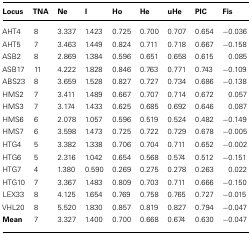
<table><thead><tr><td><b>Locus</b></td><td><b>TNA</b></td><td><b>Ne</b></td><td><b>I</b></td><td><b>Ho</b></td><td><b>He</b></td><td><b>uHe</b></td><td><b>PIC</b></td><td><b>Fis</b></td></tr></thead><tbody><tr><td>AHT4</td><td>8</td><td>3.337</td><td>1.423</td><td>0.725</td><td>0.700</td><td>0.707</td><td>0.654</td><td>-0.036</td></tr><tr><td>AHT5</td><td>7</td><td>3.463</td><td>1.449</td><td>0.824</td><td>0.711</td><td>0.718</td><td>0.667</td><td>-0.158</td></tr><tr><td>ASB2</td><td>8</td><td>2.869</td><td>1.384</td><td>0.596</td><td>0.651</td><td>0.658</td><td>0.615</td><td>0.085</td></tr><tr><td>ASB17</td><td>11</td><td>4.222</td><td>1.828</td><td>0.846</td><td>0.763</td><td>0.771</td><td>0.743</td><td>-0.109</td></tr><tr><td>ABS23</td><td>8</td><td>3.659</td><td>1.528</td><td>0.827</td><td>0.727</td><td>0.734</td><td>0.686</td><td>-0.138</td></tr><tr><td>HMS2</td><td>7</td><td>3.411</td><td>1.489</td><td>0.667</td><td>0.707</td><td>0.714</td><td>0.672</td><td>0.057</td></tr><tr><td>HMS3</td><td>7</td><td>3.174</td><td>1.433</td><td>0.625</td><td>0.685</td><td>0.692</td><td>0.646</td><td>0.087</td></tr><tr><td>HMS6</td><td>6</td><td>2.078</td><td>1.057</td><td>0.596</td><td>0.519</td><td>0.524</td><td>0.482</td><td>-0.149</td></tr><tr><td>HMS7</td><td>6</td><td>3.598</td><td>1.473</td><td>0.725</td><td>0.722</td><td>0.729</td><td>0.678</td><td>-0.005</td></tr><tr><td>HTG4</td><td>5</td><td>3.382</td><td>1.338</td><td>0.706</td><td>0.704</td><td>0.711</td><td>0.652</td><td>-0.002</td></tr><tr><td>HTG6</td><td>5</td><td>2.316</td><td>1.042</td><td>0.654</td><td>0.568</td><td>0.574</td><td>0.512</td><td>-0.151</td></tr><tr><td>HTG7</td><td>4</td><td>1.380</td><td>0.590</td><td>0.269</td><td>0.275</td><td>0.278</td><td>0.263</td><td>0.022</td></tr><tr><td>HTG10</td><td>7</td><td>3.367</td><td>1.483</td><td>0.809</td><td>0.703</td><td>0.711</td><td>0.666</td><td>-0.150</td></tr><tr><td>LEX33</td><td>8</td><td>4.125</td><td>1.654</td><td>0.769</td><td>0.758</td><td>0.765</td><td>0.727</td><td>-0.015</td></tr><tr><td>VHL20</td><td>8</td><td>5.520</td><td>1.830</td><td>0.857</td><td>0.819</td><td>0.827</td><td>0.794</td><td>-0.047</td></tr><tr><td><b>Mean</b></td><td>7</td><td>3.327</td><td>1.400</td><td>0.700</td><td>0.668</td><td>0.674</td><td>0.630</td><td>-0.047</td></tr></tbody></table>